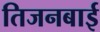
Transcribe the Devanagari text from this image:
तिजनबाई